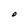
Character: O